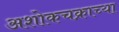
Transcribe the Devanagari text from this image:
अशोकचक्राच्या